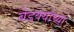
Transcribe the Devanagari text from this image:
बेडक्यांच्या